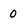
Character: 0